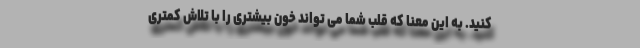
کنید. به این معنا که قلب شما می تواند خون بیشتری را با تلاش کمتری